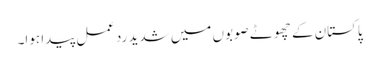
پاکستان کے چھوٹے صوبوں میں شدید ردعمل پیدا ہوا۔